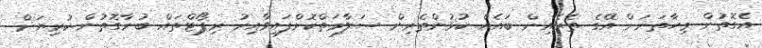
އެގޮތުން މިހާތަނަށް އޭގެ ތެރެއިން ބައެއް ކުޅުންތެރިން ސަލާމަތްކޮށްފައިވާއިރު ރިޕޯޓްތައް ބުނާގޮތުން ކުރިޔަށް